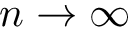
n \rightarrow \infty